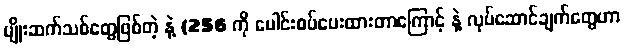
မျိုးဆက်သစ်တွေဖြစ်တဲ့ နဲ့ (256 ကို ပေါင်းစပ်ပေးထားတာကြောင့် နဲ့ လုပ်ဆောင်ချက်တွေဟာ